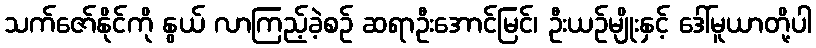
သက်ဇော်နိုင်ကို နွယ် လာကြည့်ခဲ့စဉ် ဆရာဦးအောင်မြင်၊ ဦးယဉ်မျိုးနှင့် ဒေါ်မူယာတို့ပါ